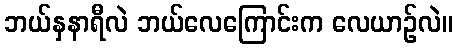
ဘယ်နှနာရီလဲ ဘယ်လေကြောင်းက လေယာဉ်လဲ။